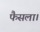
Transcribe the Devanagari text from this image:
फैसला।